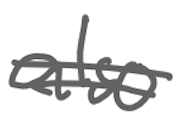
Text: also
Cross-out: double-line
Writing tool: digital_gray